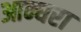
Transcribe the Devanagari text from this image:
आन्धरा